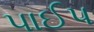
પાઈપ